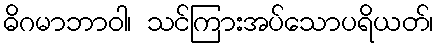
ဓိဂမာဘာဝါ၊ သင်ကြားအပ်သောပရိယတ်၊